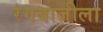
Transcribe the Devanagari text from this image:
रंगबाजीला